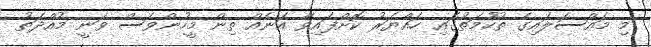
މި މައްސަލައިގެ ތުހުމަތުގައި ހައްޔަރު ކޮށްފައިވާ އަނެއް ތިން މީހުންވެސް ވަނީ މުއްދަތު